Laimjala_vallavalitsus, lk 14
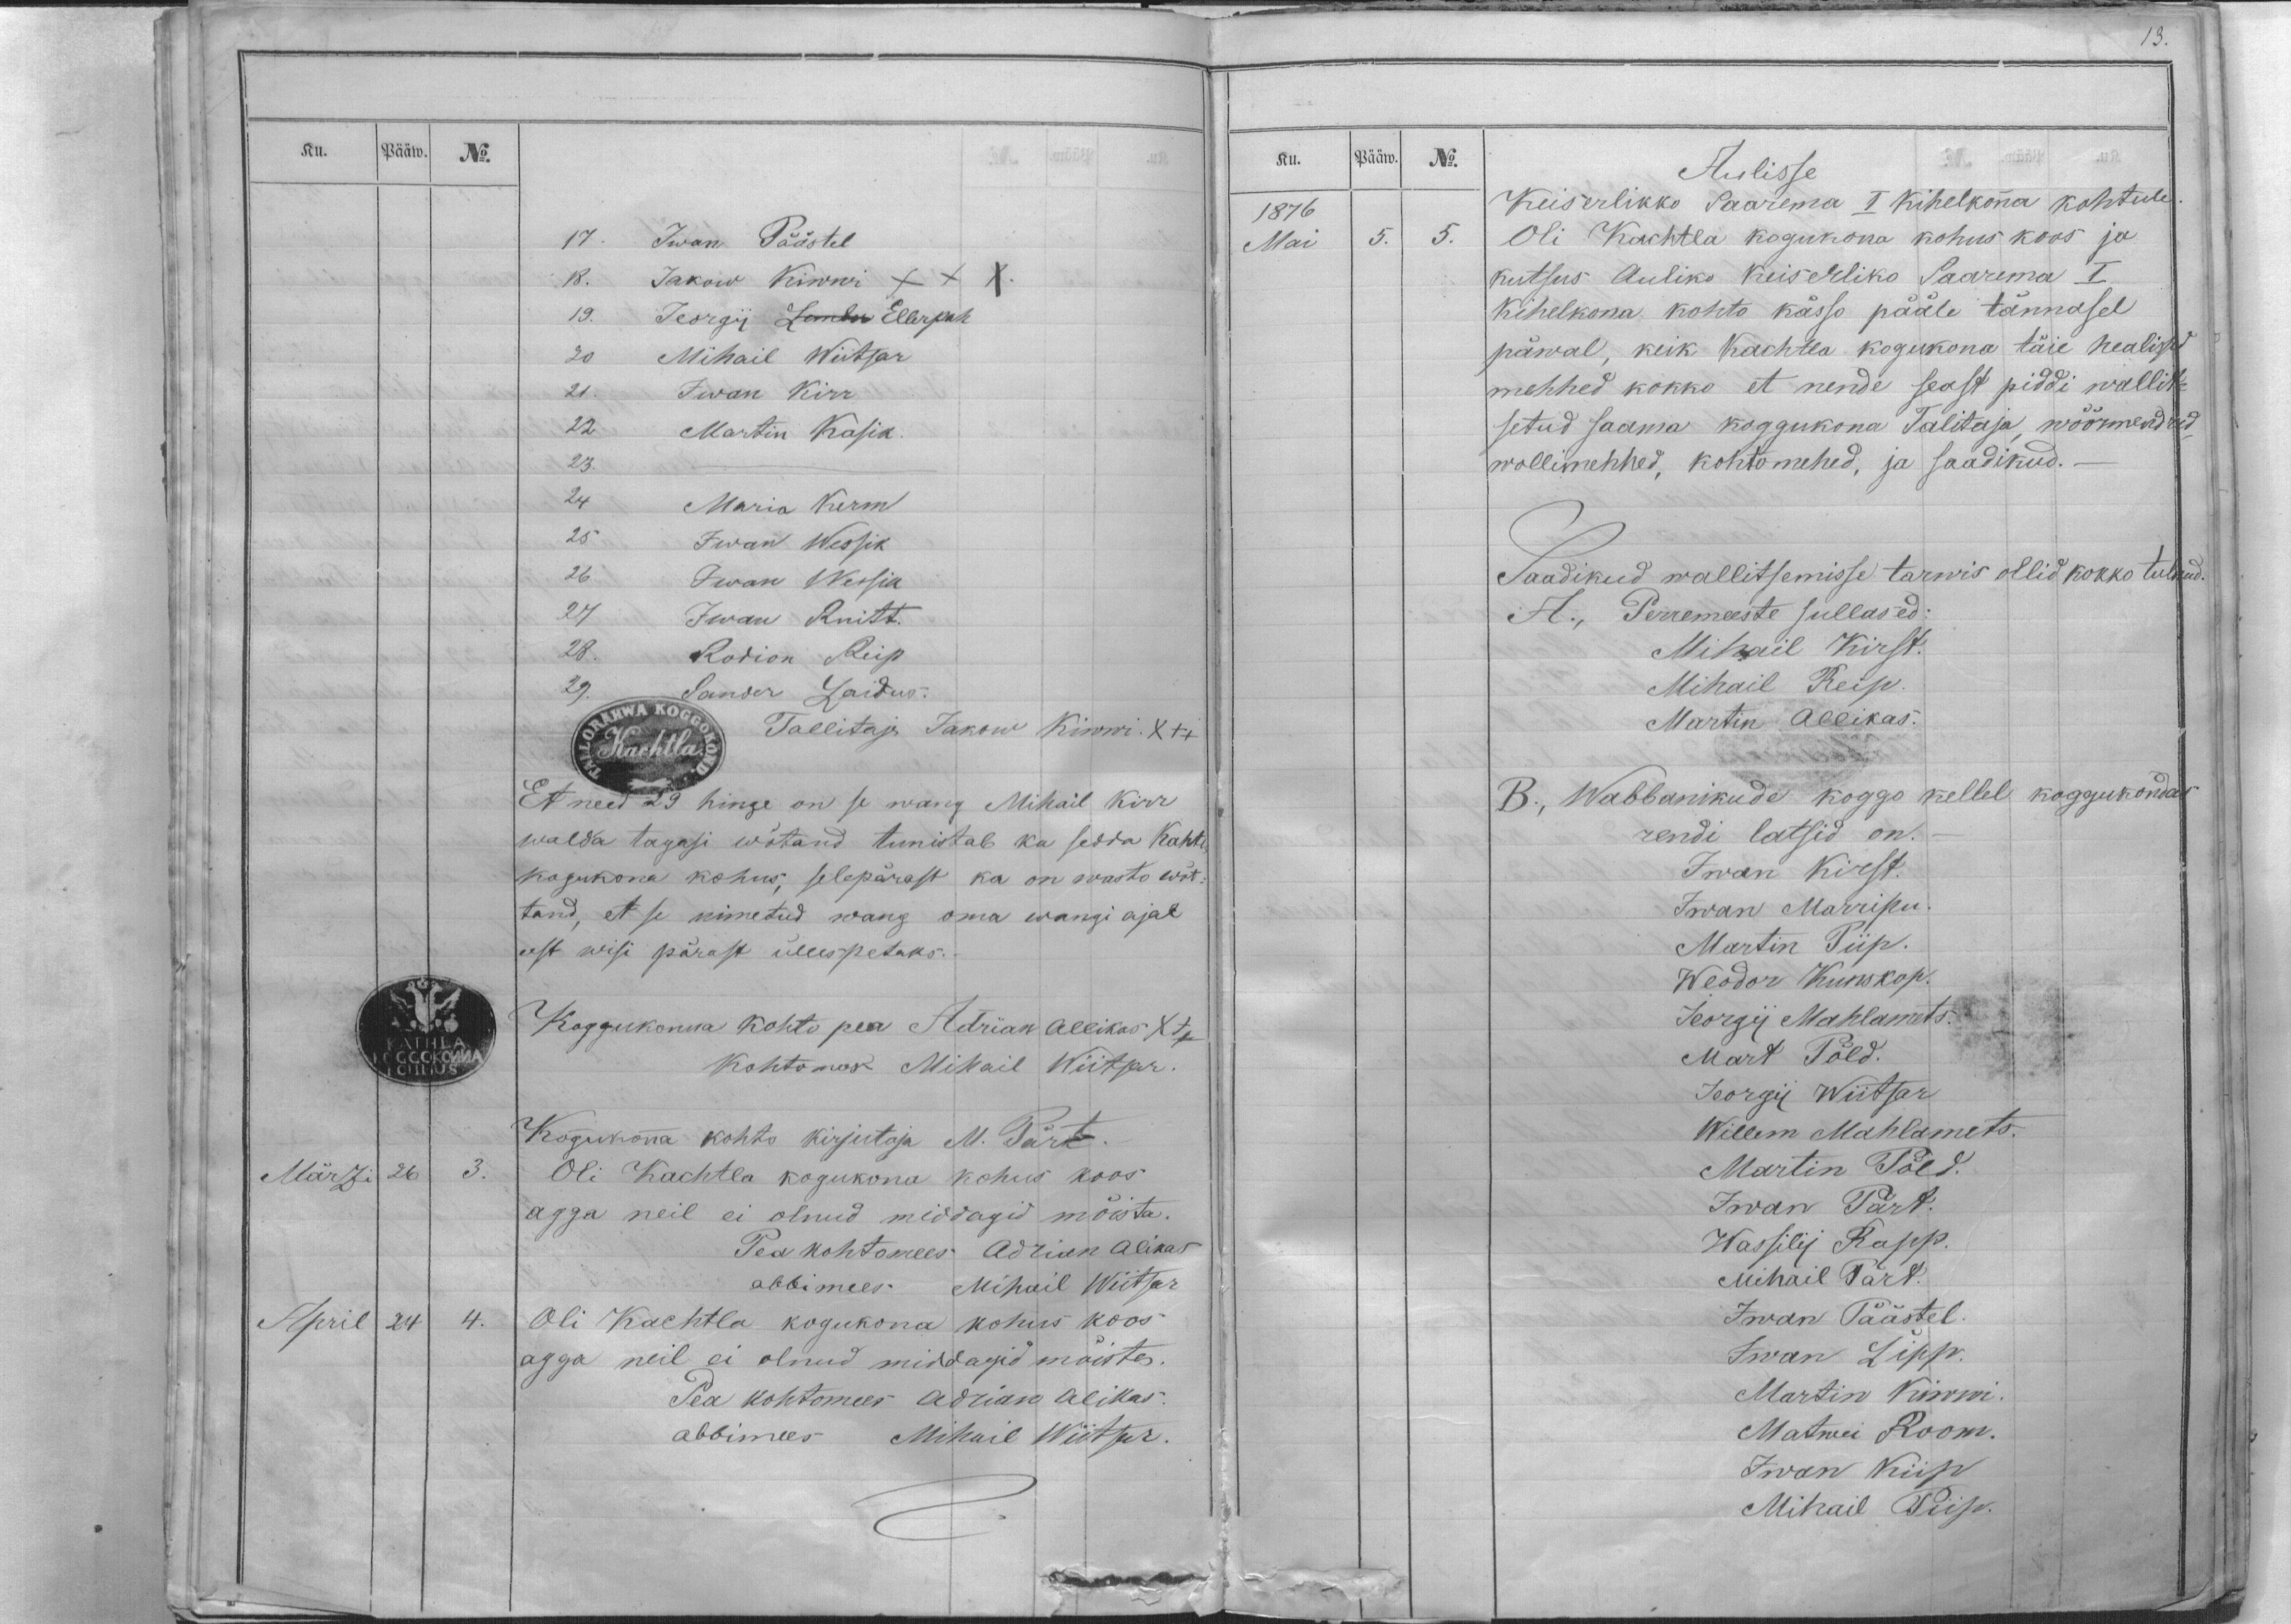
Ku.
Pääw.
No.
17. Iwan Päästel
18. Jakow Kiwwi XXX.
19. Jeorgij Lember Ellerpah.
20 Mihail Wiitsar
21. Iwan Kirr
22 Martin Kasik
23.
24 Maria Kerm
25 Iwan Wessik
26 Iwan Wessik
27 Iwan Ruitt.
28. Rodion Reip
29. Sander Laidus.
Tallitaja Jakow Kiwwi. XXX
Et need 29 hinge on se wang Mihail Kirr
walda tagasi wõtand tunistab ka sedda Kachtla
kogukona kohus, selepärast ka on wasto wõt-
tand, et se nimetud wang oma wangi ajal
eest wisi pärast üllespetaks.-
Koggukonna kohto pea Adrian Allikas XXX
Kohtomees Mihail Wiitsar.
Kogukonna kohto kirjutaja M. Pärt.
Märzi
26
3.
Oli Kachtla kogukona kohus koos
agga neil ei olnud middagid mõista.
Pea kohtomees Adrian Alikas
abbimees Mihail Wiitsar
April
24
4.
Oli Kachtla kogukona kohus koos
agga neil ei olnud middagid mõista.
Pea kohtomees Adrian Alikas.
abbimees Mihail Wiitsar.

Ku.
Pääw.
No.
Aulisse
1876
Keiserlikko Saarema I Kihelkonna kohtule.
Mai
5.
5.
Oli Kachtla kogukona kohus koos ja
kutsus Auliko Keiserliko Saarema I
Kihelkona kohto kässo pääle tännasel
päwal, keik Kachtla kogukona täie healissed
mehhed kokko et nende seast piddi wallit-
setud saama koggukona Talitaja, wöörmendrid,
wollimehhed, kohtomehed, ja saadikud._
Saadikud wallitsemisse tarwis ollid kokko tulnud.
A., Perremeeste sullased:
Mihail Kirst.
Mihail Reip.
Martin Allikas.
B., Wabbanikude koggo kellel koggukondas
rendi latsid on._
Iwan Kirst.
Iwan Marripu.
Martin Piip.
Weodor Kunskop.
Jeorgij Mahlamets.
Mart Põld.
Jeorgij Wiitsar
Willem Mahlamets.
Martin Põld.
Iwan Pärt.
Wassilij Rapp.
Mihail Pärt.
Iwan Päästel.
Iwan Lipp.
Martin Kiwwi.
Matwei Room.
Iwan Kiip
Mihail Piip.